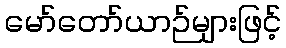
မော်တော်ယာဉ်များဖြင့်